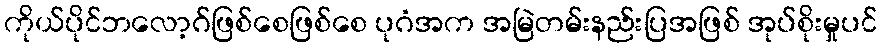
ကိုယ်ပိုင်ဘလော့ဂ်ဖြစ်စေဖြစ်စေ ပုဂံအက အမြဲတမ်းနည်းပြအဖြစ် အုပ်စိုးမှုပင်